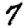
Digit: 7